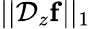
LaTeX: ||\mathcal{D}_{z}\mathbf{f}||_{1}